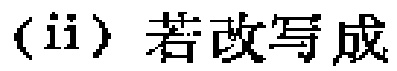
(ii) 若改写成